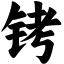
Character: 铐